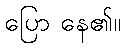
ပြော နေ၏။